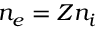
n _ { e } = Z n _ { i }